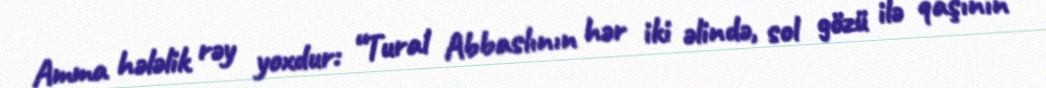
Amma hələlik rəy yoxdur: “Tural Abbaslının hər iki əlində, sol gözü ilə qaşının